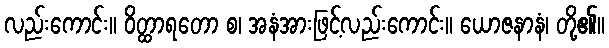
လည်းကောင်း။ ဝိတ္ထာရတော စ၊ အနံအားဖြင့်လည်းကောင်း။ ယောဇနာနံ၊ တို့၏။